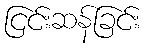
ငြင်းဆန်ခြင်း